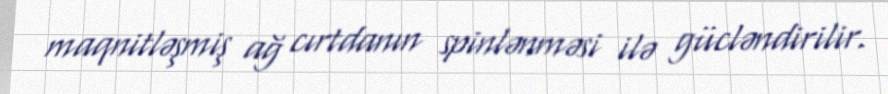
maqnitləşmiş ağ cırtdanın spinlənməsi ilə gücləndirilir.